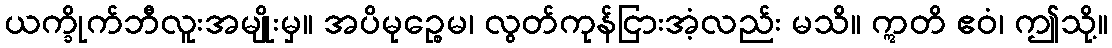
ယက္ခိုက်ဘီလူးအမျိုးမှ။ အပိမုဉ္စေမ၊ လွတ်ကုန်ငြားအံ့လည်း မသိ။ ဣတိ ဧဝံ၊ ဤသို့။